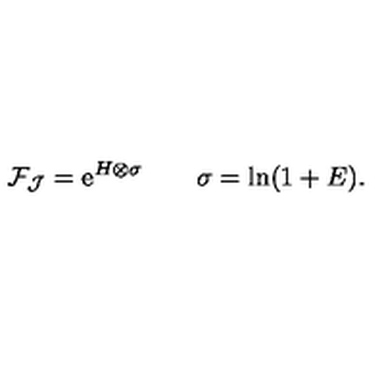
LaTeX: { \cal F } _ { \cal J } = \mathrm { e } ^ { H \otimes \sigma } \qquad \sigma = \ln ( 1 + E ) .